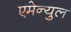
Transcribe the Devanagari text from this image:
एमेन्युल